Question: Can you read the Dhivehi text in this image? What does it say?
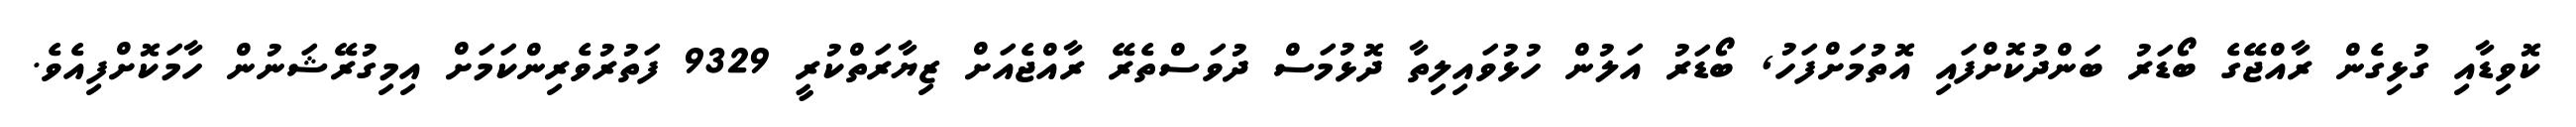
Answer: ކޮވިޑާއި ގުޅިގެން ރާއްޖޭގެ ބޯޑަރު ބަންދުކޮށްފައި އޮތުމަށްފަހު, ބޯޑަރު އަލުން ހުޅުވައިލިތާ ދޮޅުމަސް ދުވަސްތެރޭ ރާއްޖެއަށް ޒިޔާރަތްކުރީ 9329 ފަތުރުވެރިންކަމަށް އިމިގުރޭޝަނުން ހާމަކޮށްފިއެވެ.